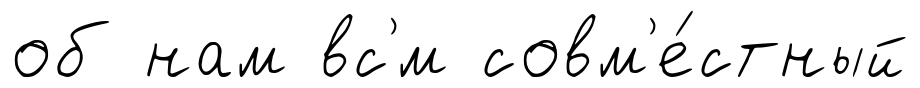
об нам вс'́м совм'е́стный